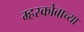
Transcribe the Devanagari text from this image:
म्हस्कोबाच्या